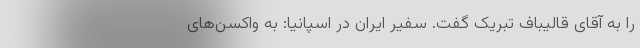
را به آقای قالیباف تبریک گفت. سفیر ایران در اسپانیا: به واکسن‌های